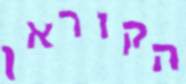
הקוראן